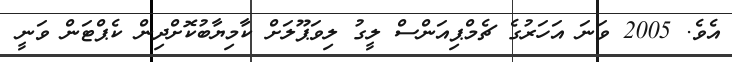
އެވެ. 2005 ވަނަ އަހަރުގެ ޗެމްޕިއަންސް ލީގު ލިވަޕޫލަށް ކާމިޔާބުކޮށްދިން ކެޕްޓަން ވަނީ